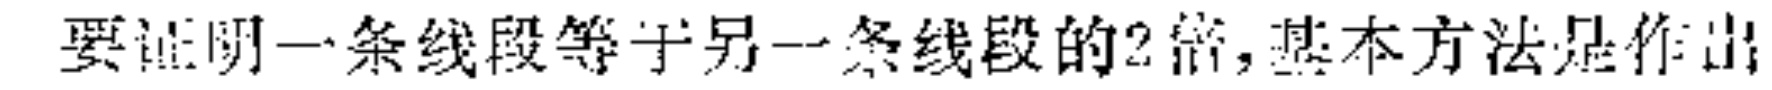
要证明一条线段等于另一条线段的2倍,基本方法是作出